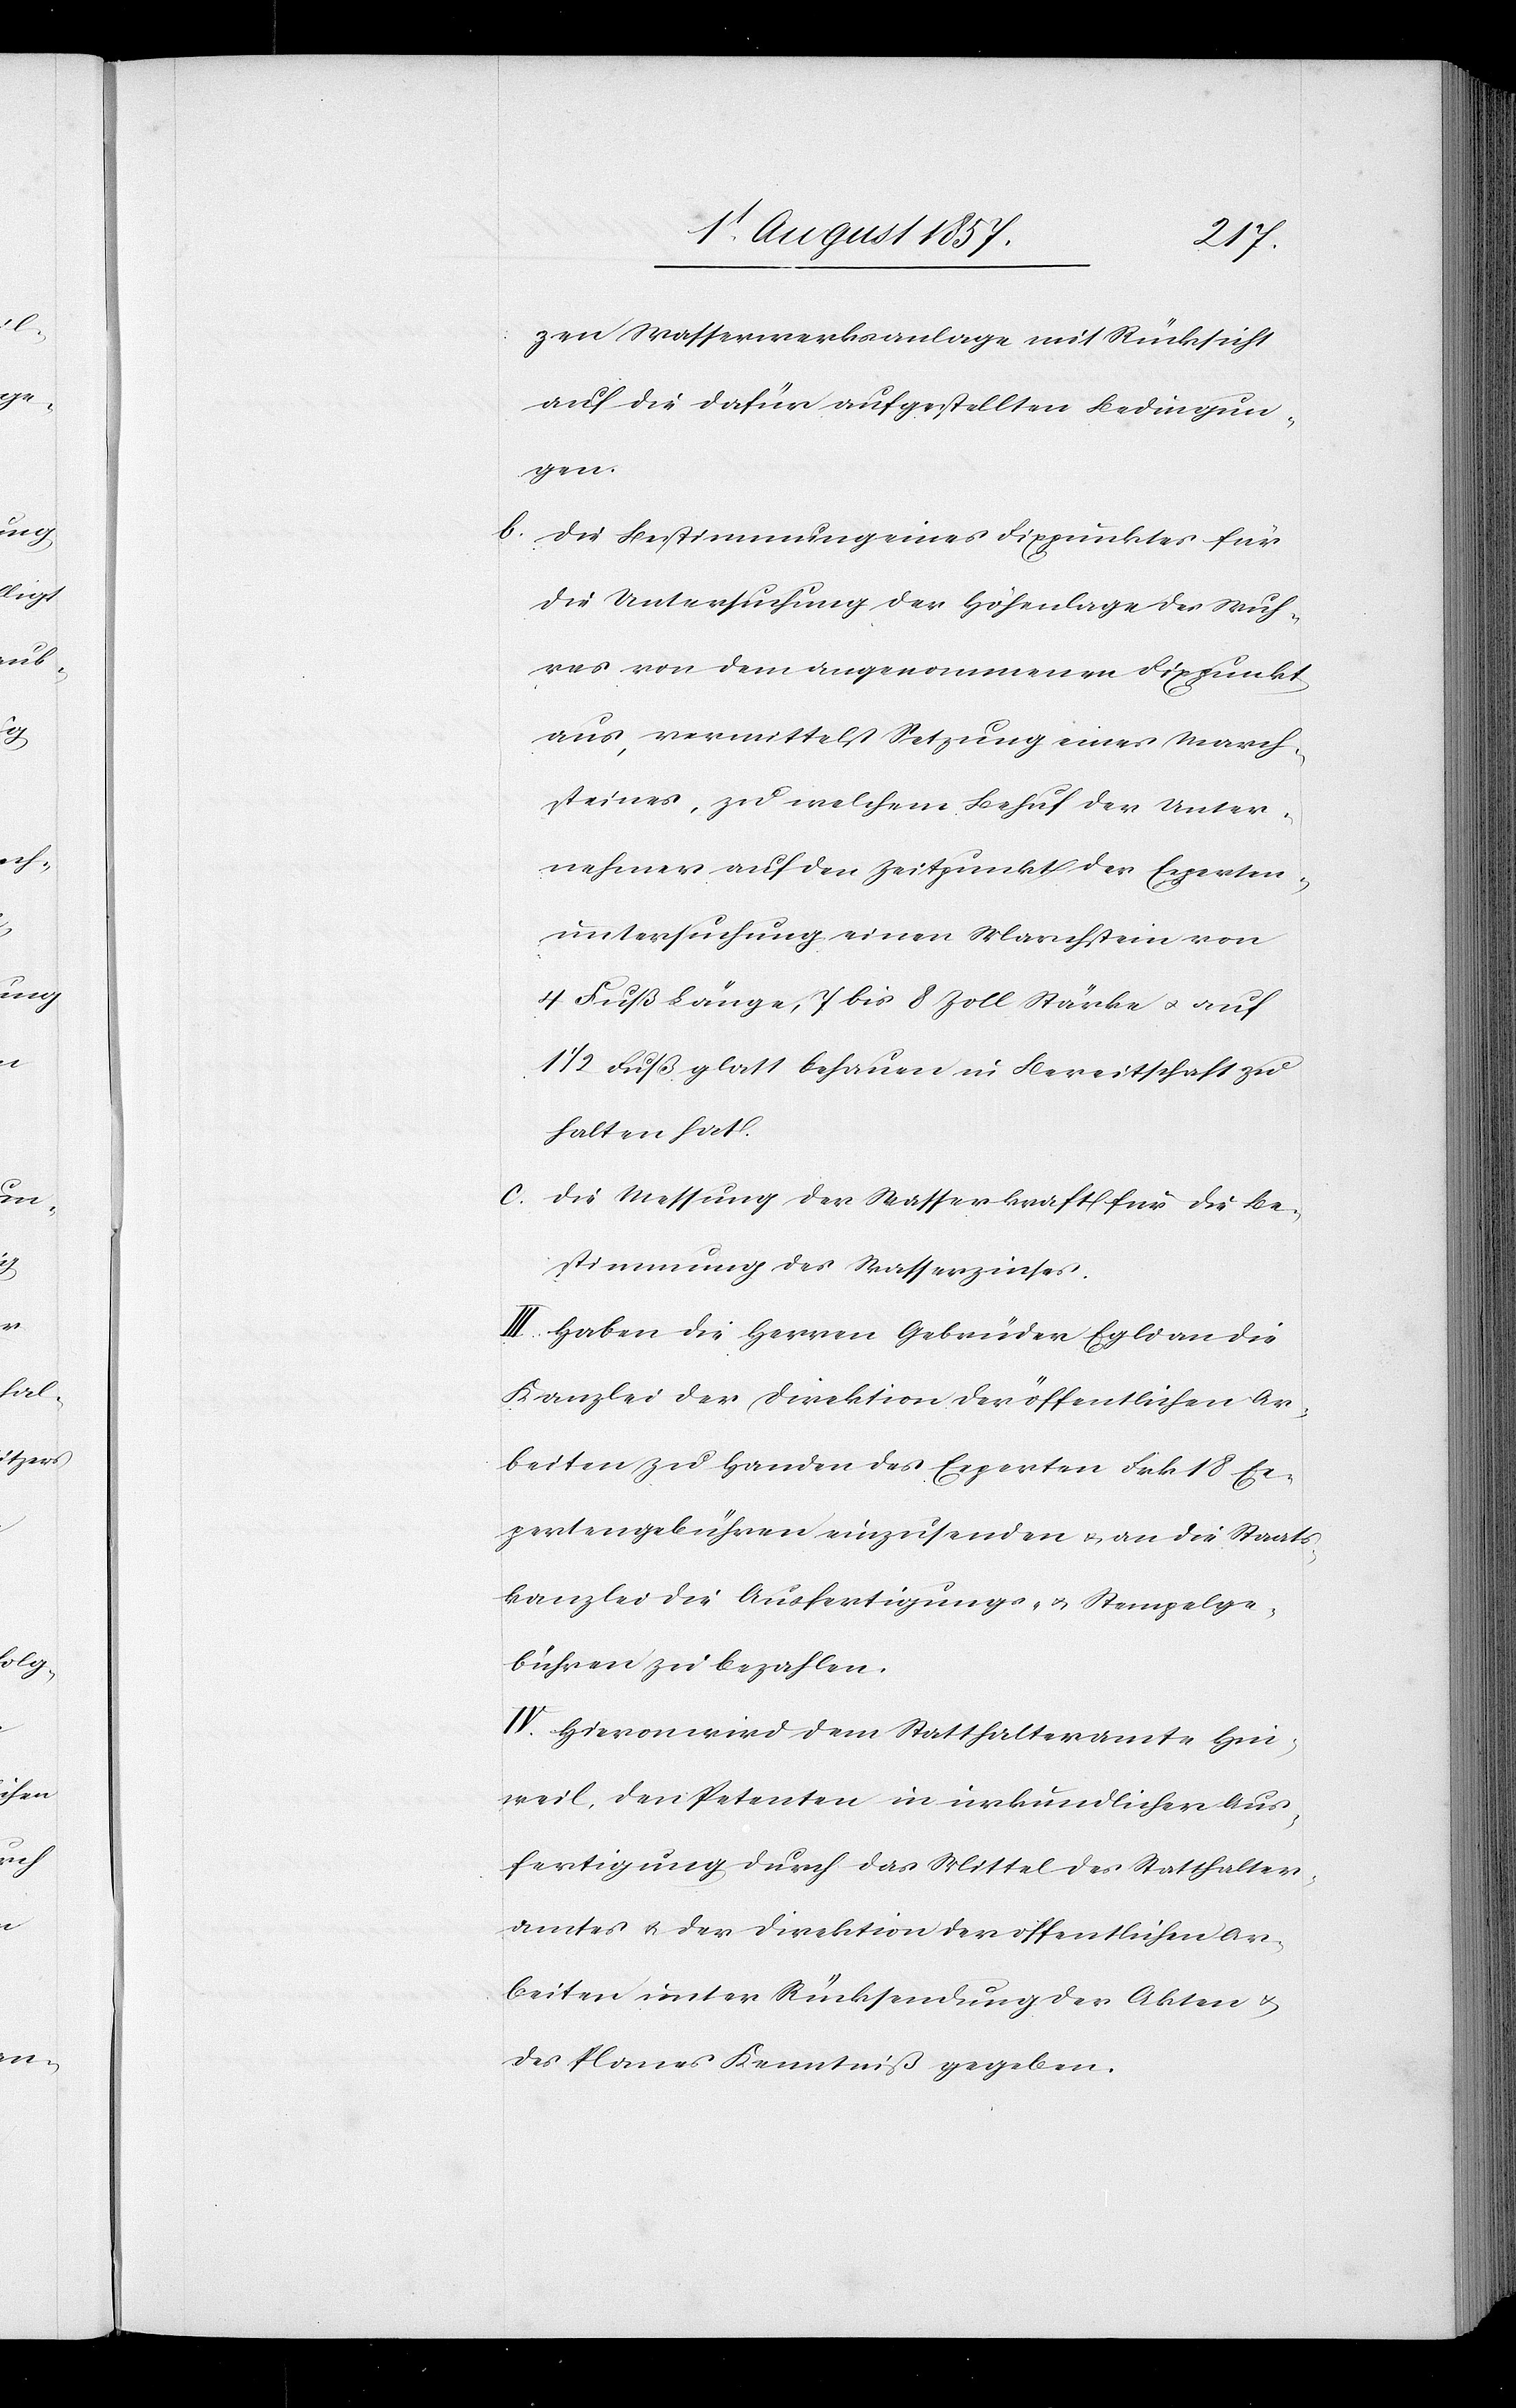
zen Wasserwerksanlage mit Rücksicht
auf die dafür aufgestellten Bedingun¬
gen.
Die Bestimmung eines Fixpunktes für
die Untersuchung der Höhenlage des Wuh¬
res von dem angenommenen Fixpunkt
aus, vermittelst Setzung eines March¬
steines, zu welchem Behuf der Unter¬
nehmer auf den Zeitpunkt der Experten¬
untersuchung einen Marchstein von
4 Fuß Länge, 7 bis 8 Zoll Stärke & auf
1/2 Fuß glatt behauen in Bereitschaft zu
halten hat.
c. Die Messung der Wasserkraft für die Be¬
stimmung des Wasserzinses.
III. Haben die Herren Gebrüder Eglisa an die
Kanzlei der Direktion der öffentlichen Ar¬
beiten zu Handen des Experten Frk. 18 Ex¬
pertengebühren einzusenden & an die Staats¬
kanzlei die Ausfertigungs- & Stempelge¬
bühren zu bezahlen.
IV. Hievon wird dem Statthalteramte Hin¬
weil, den Petenten in urkundlicher Aus¬
fertigung durch das Mittel des Statthalter¬
amtes & an die Direktion der öffentlichen Ar¬
beiten unter Rücksendung der Akten &
des Planes Kenntniß gegeben.